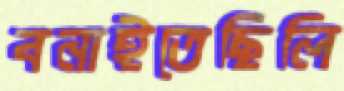
বনাইতেছিলি